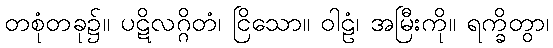
တစုံတခု၌။ ပဋိလဂ္ဂိတံ၊ ငြိသော။ ဝါဠံ၊ အမြီးကို။ ရက္ခိတွာ၊